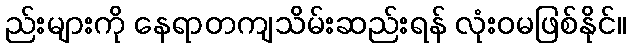
ည်းများကို နေရာတကျသိမ်းဆည်းရန် လုံးဝမဖြစ်နိုင်။